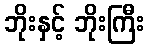
ဘိုးနှင့် ဘိုးကြီး